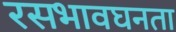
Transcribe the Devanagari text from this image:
रसभावघनता